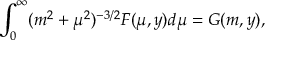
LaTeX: \int _ { 0 } ^ { \infty } ( m ^ { 2 } + \mu ^ { 2 } ) ^ { - 3 / 2 } F ( \mu , y ) d \mu = G ( m , y ) ,